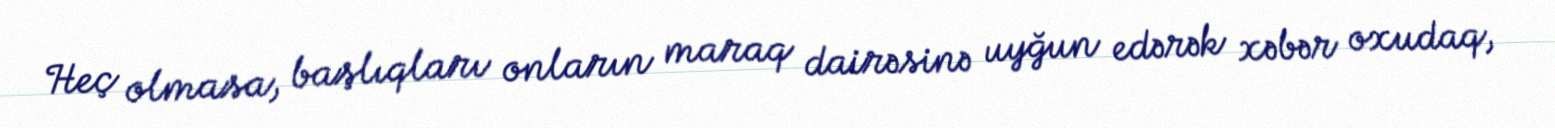
Heç olmasa, başlıqları onların maraq dairəsinə uyğun edərək xəbər oxudaq,